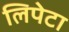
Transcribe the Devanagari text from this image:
लिपेटा